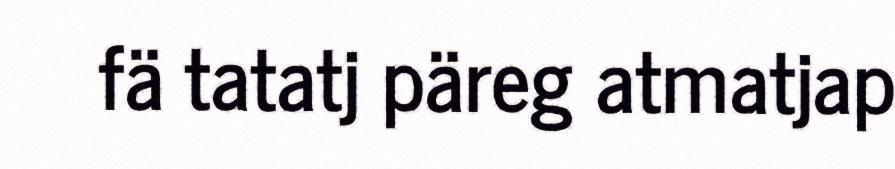
fä tatatj päreg atmatjap